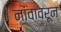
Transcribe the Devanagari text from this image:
नांवावरून